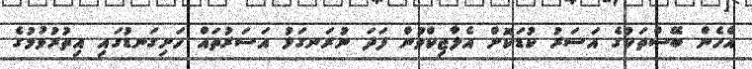
އެހެން ބޭސްތަކުގެ އަސަރު ކުޑަކޮށް އެލާޖިކްވުން ފަދަ ނުރަނގަޅު އަސަރުތައް ހަށިގަނޑުގައި އިތުރުވުމުގެ